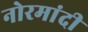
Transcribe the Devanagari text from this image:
नोरमांदी